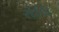
રોલિ